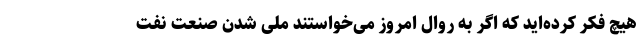
هیچ فکر کرده‌اید که اگر به روال امروز می‌خواستند ملی شدن صنعت نفت